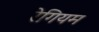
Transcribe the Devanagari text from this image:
रेगियम